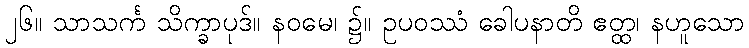
၂၆။ သာသင်္က သိက္ခာပုဒ်။ နဝမေ၊ ၌။ ဥပဝဿံ ခေါပနာတိ ဧတ္ထ၊ နဟူသော